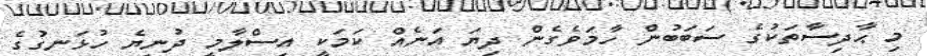
މި ޙާދިސާތަކުގެ ސަބަބުން ހާމަވެގެން ދިޔަ އަނެއް ކަމަކީ އިސްލާމީ ދުނިޔެ ހުޅަނގުގެ